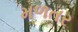
મળતર